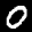
Label: 0